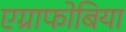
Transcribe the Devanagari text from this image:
एग्राफोबिया